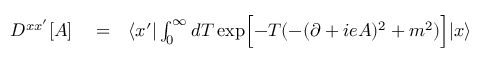
\begin{array} { r l r } { D ^ { x x ^ { \prime } } [ A ] } & { { } = } & { \langle x ^ { \prime } | \int _ { 0 } ^ { \infty } d T \, \mathrm { e x p } \Bigl \lbrack - T ( - ( \partial + i e A ) ^ { 2 } + m ^ { 2 } ) \Bigr \rbrack | x \rangle } \end{array}